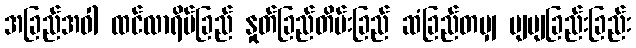
အခြည်အဝါ ထင်လာရိပ်ခြည် နှုတ်ခြည်တိမ်းခြည် ဆံခြည်တမျှ ပျပျခြည်းခြည်း